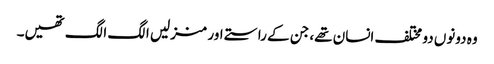
وہ دونوں دو مختلف انسان تھے، جن کے راستے اور منزلیں الگ الگ تھیں۔